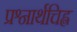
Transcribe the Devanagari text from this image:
प्रश्नार्थचिह्न